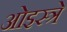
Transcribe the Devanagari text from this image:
ओइस्त्रे